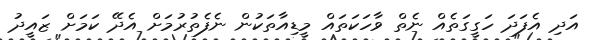
އަދި އެފަދަ ހަގީގަތެއް ނެތް ވާހަކަތައް މީޑިއާތަކުން ނެފެތުރުމަށް އެދޭ ކަމަށް ޒައީދު